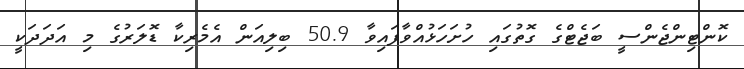
ކޮންޓިންޖެންސީ ބަޖެޓްގެ ގޮތުގައި ހުށަހަޅުއްވާފައިވާ 50.9 ބިލިއަން އެމެރިކާ ޑޮލަރުގެ މި އަދަދަކީ